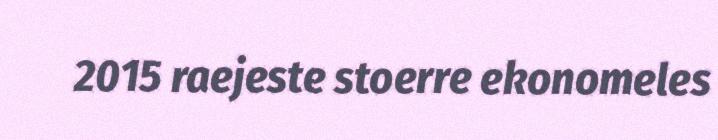
2015 raejeste stoerre ekonomeles